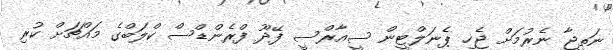
ނަތީޖާ ނެރުމަށް ޖެހި ޕެނަލްޓީން ސީއާރްސީ ފޭދޫ ފްރެންޑްސް ކްލަބްގެ މައްޗަށް ކުރި